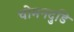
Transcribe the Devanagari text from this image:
चोमनदुडि